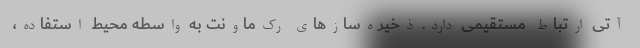
آتی ارتباط مستقیمی دارد. ذخیره‌سازهای رک‌ماونت به واسطه محیط استفاده،